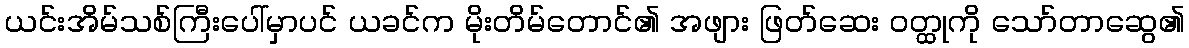
ယင်းအိမ်သစ်ကြီးပေါ်မှာပင် ယခင်က မိုးတိမ်တောင်၏ အဖျား ဖြတ်ဆေး ဝတ္ထုကို သော်တာဆွေ၏